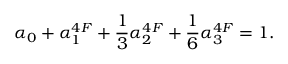
\alpha _ { 0 } + \alpha _ { 1 } ^ { 4 F } + \frac { 1 } { 3 } \alpha _ { 2 } ^ { 4 F } + \frac 1 6 \alpha _ { 3 } ^ { 4 F } = 1 .